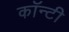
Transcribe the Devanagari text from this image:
काॅन्टी